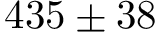
4 3 5 \pm 3 8